Indian Civil Veterinary Department memoirs
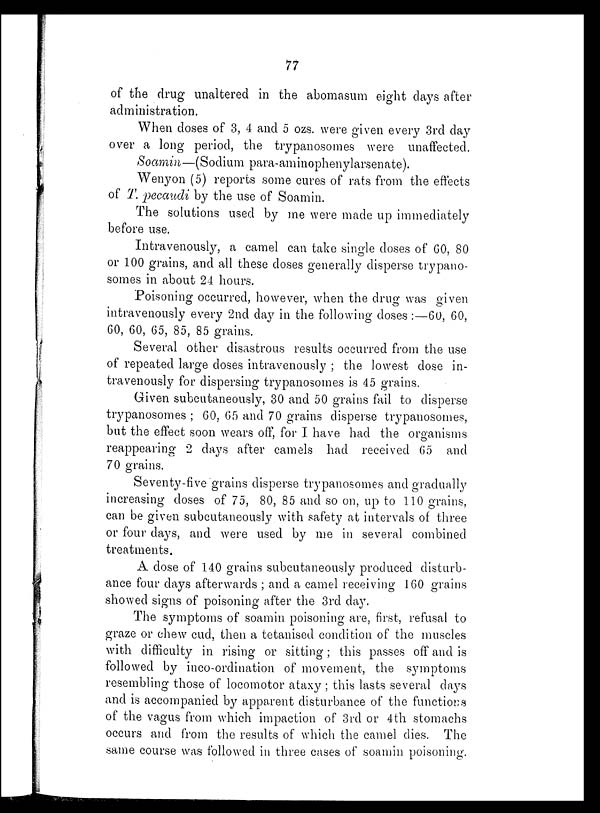
77
of the drug unaltered in the abomasum eight days after
administration.
When doses of 3, 4 and 5 ozs. were given every 3rd day
over a long period, the trypanosomes were unaffected.
Soamin—(Sodium para-aminophenylarsenate).
Wenyon (5) reports some cures of rats from the effects
of T. pecaudi by the use of Soamin.
The solutions used by me were made up immediately
before use.
Intravenously, a camel can take single doses of 60, 80
or 100 grains, and all these doses generally disperse trypano-
somes in about 24 hours.
Poisoning occurred, however, when the drug was given
intravenously every 2nd day in the following doses:—60, 60,
60, 60, 65, 85, 85 grains.
Several other disastrous results occurred from the use
of repeated large doses intravenously; the lowest dose in-
travenously for dispersing trypanosomes is 45 grains,
Given subcutaneously, 30 and 50 grains fail to disperse
trypanosomes; 60, 65 and 70 grains disperse trypanosomes,
but the effect soon wears off, for I have had the organisms
reappearing 2 days after camels had received 65 and
70 grains.
Seventy-five grains disperse trypanosomes and gradually
increasing doses of 75, 80, 85 and so on, up to 110 grains,
can be given subcutaneously with safety at intervals of three
or four days, and were used by me in several combined
treatments.
A dose of 140 grains subcutaneously produced disturb-
ance four days afterwards; and a camel receiving 160 grains
showed signs of poisoning after the 3rd day.
The symptoms of soamin poisoning are, first, refusal to
graze or chew cud, then a tetanised condition of the muscles
with difficulty in rising or sitting; this passes off and is
followed by inco-ordination of movement, the symptoms
resembling those of locomotor ataxy; this lasts several days
and is accompanied by apparent disturbance of the functions
of the vagus from which impaction of 3rd or 4th stomachs
occurs and from the results of which the camel dies. The
same course was followed in three cases of soamin poisoning